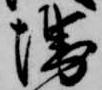
堺